Rangoon Lunatic Asylum 1878-1892 - 1878-1892
Year: 1878
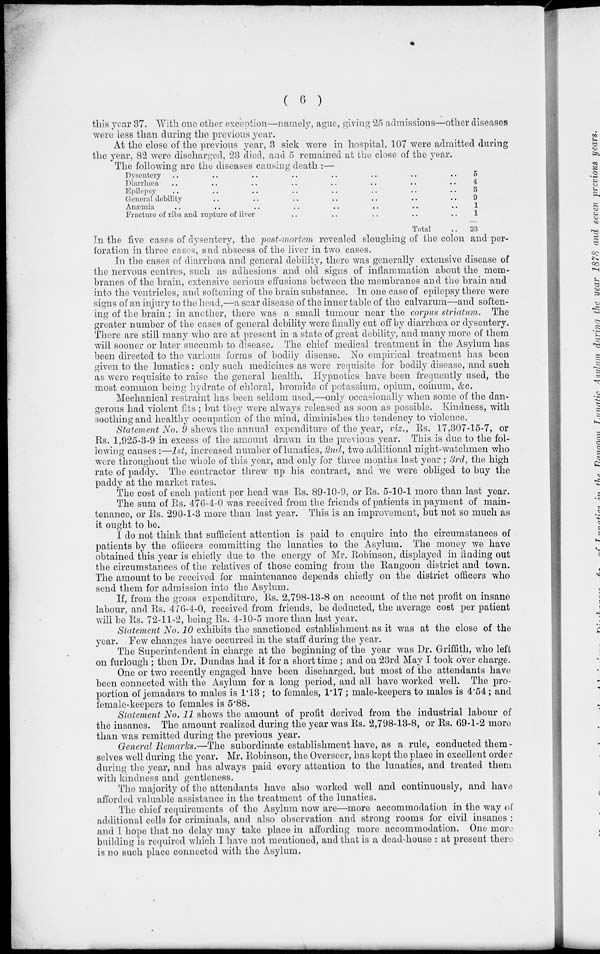
( 6 )
this year 37. With one other exception—namely, ague, giving 25 admissions—other diseases
were less than during the previous year.
At the close of the previous year, 3 sick were in hospital, 107 were admitted during
the year, 82 were discharged, 23 died, and 5 remained at the close of the year.
The following are the diseases causing death :—
Dysentery .. .. .. .. .. .. .. ..
Diarrhœa .. .. .. .. .. .. .. ..
Epilepsy .. .. .. .. .. .. .. ..
General debility .. .. .. .. .. .. .. ..
Anæmia .. .. .. .. .. .. .. ..
Fracture of ribs and rupture of liver .. .. .. .. ..
Total ..
5
4
3
9
1
1
23
In the five cases of dysentery, the post-mortem revealed sloughing of the colon and per-
foration in three cases, and abscess of the liver in two cases.
In the cases of diarrhœa and general debility, there was generally extensive disease of
the nervous centres, such as adhesions and old signs of inflammation about the mem-
branes of the brain, extensive serious effusions between the membranes and the brain and
into the ventricles, and softening of the brain substance. In one case of epilepsy there were
signs of an injury to the head,—a scar disease of the inner table of the calvarum—and soften-
ing of the brain ; in another, there was a small tumour near the corpus striatum. The
greater number of the cases of general debility were finally cut off by diarrhœa or dysentery.
There are still many who are at present in a state of great debility, and many more of them
will sooner or later succumb to disease. The chief medical treatment in the Asylum has
been directed to the various forms of bodily disease. No empirical treatment has been
given to the lunatics: only such medicines as were requisite for bodily disease, and such
as were requisite to raise the general health. Hypnotics have been frequently used, the
most common being hydrate of chloral, bromide of potassium, opium, coinum, &c.
Mechanical restraint has been seldom used,—only occasionally when some of the dan-
gerous had violent fits ; but they were always released as soon as possible. Kindness, with
soothing and healthy occupation of the mind, diminishes the tendency to violence.
Statement No. 9 shews the annual expenditure of the year, viz., Rs. 17,307-15-7, or
Rs. 1,925-3-9 in excess of the amount drawn in the previous year. This is due to the fol-
lowing causes :—1st, increased number of lunatics, 2nd, two additional night-watchmen who
were throughout the whole of this year, and only for three months last year ; 3rd, the high
rate of paddy. The contractor threw up his contract, and we were obliged to buy the
paddy at the market rates.
The cost of each patient per head was Rs. 89-10-9, or Rs. 5-10-1 more than last year.
The sum of Rs. 476-4-0 was received from the friends of patients in payment of main-
tenance, or Rs. 290-1-3 more than last year. This is an improvement, but not so much as
it ought to be.
I do not think that sufficient attention is paid to enquire into the circumstances of
patients by the officers committing the lunatics to the Asylum. The money we have
obtained this year is chiefly due to the energy of Mr. Robinson, displayed in finding out
the circumstances of the relatives of those coming from the Rangoon district and town.
The amount to be received for maintenance depends chiefly on the district officers who
send them for admission into the Asylum.
If, from the gross expenditure, Rs. 2,798-13-8 on account of the net profit on insane
labour, and Rs. 476-4-0, received from friends, be deducted, the average cost per patient
will be Rs. 72-11-2, being Rs. 4-10-5 more than last year.
Statement No. 10 exhibits the sanctioned establishment as it was at the close of the
year. Few changes have occurred in the staff during the year.
The Superintendent in charge at the beginning of the year was Dr. Griffith, who left
on furlough ; then Dr. Dundas had it for a short time ; and on 23rd May I took over charge.
One or two recently engaged have been discharged, but most of the attendants have
been connected with the Asylum for a long period, and all have worked well. The pro-
portion of jemadars to males is 1.13 ; to females, 1.17 ; male-keepers to males is 4.54; and
female-keepers to females is 5.88.
Statement No. 11 shews the amount of profit derived from the industrial labour of
the insanes. The amount realized during the year was Rs. 2,798-13-8, or Rs. 69-1-2 more
than was remitted during the previous year.
General Remarks.—The subordinate establishment have, as a rule, conducted them -
selves well during the year. Mr. Robinson, the Overseer, has kept the place in excellent order
during the year, and has always paid every attention to the lunatics, and treated them
with kindness and gentleness.
The majority of the attendants have also worked well and continuously, and have
afforded valuable assistance in the treatment of the lunatics.
The chief requirements of the Asylum now are—more accommodation in the way of
additional cells for criminals, and also observation and strong rooms for civil insanes ;
and I hope that no delay may take place in affording more accommodation. One more
building is required which I have not mentioned, and that is a dead-house : at present there
is no such place connected with the Asylum.